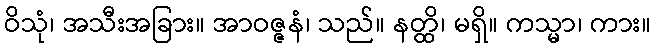
ဝိသုံ၊ အသီးအခြား။ အာဝဇ္ဇနံ၊ သည်။ နတ္ထိ၊ မရှိ။ ကသ္မာ၊ ကား။